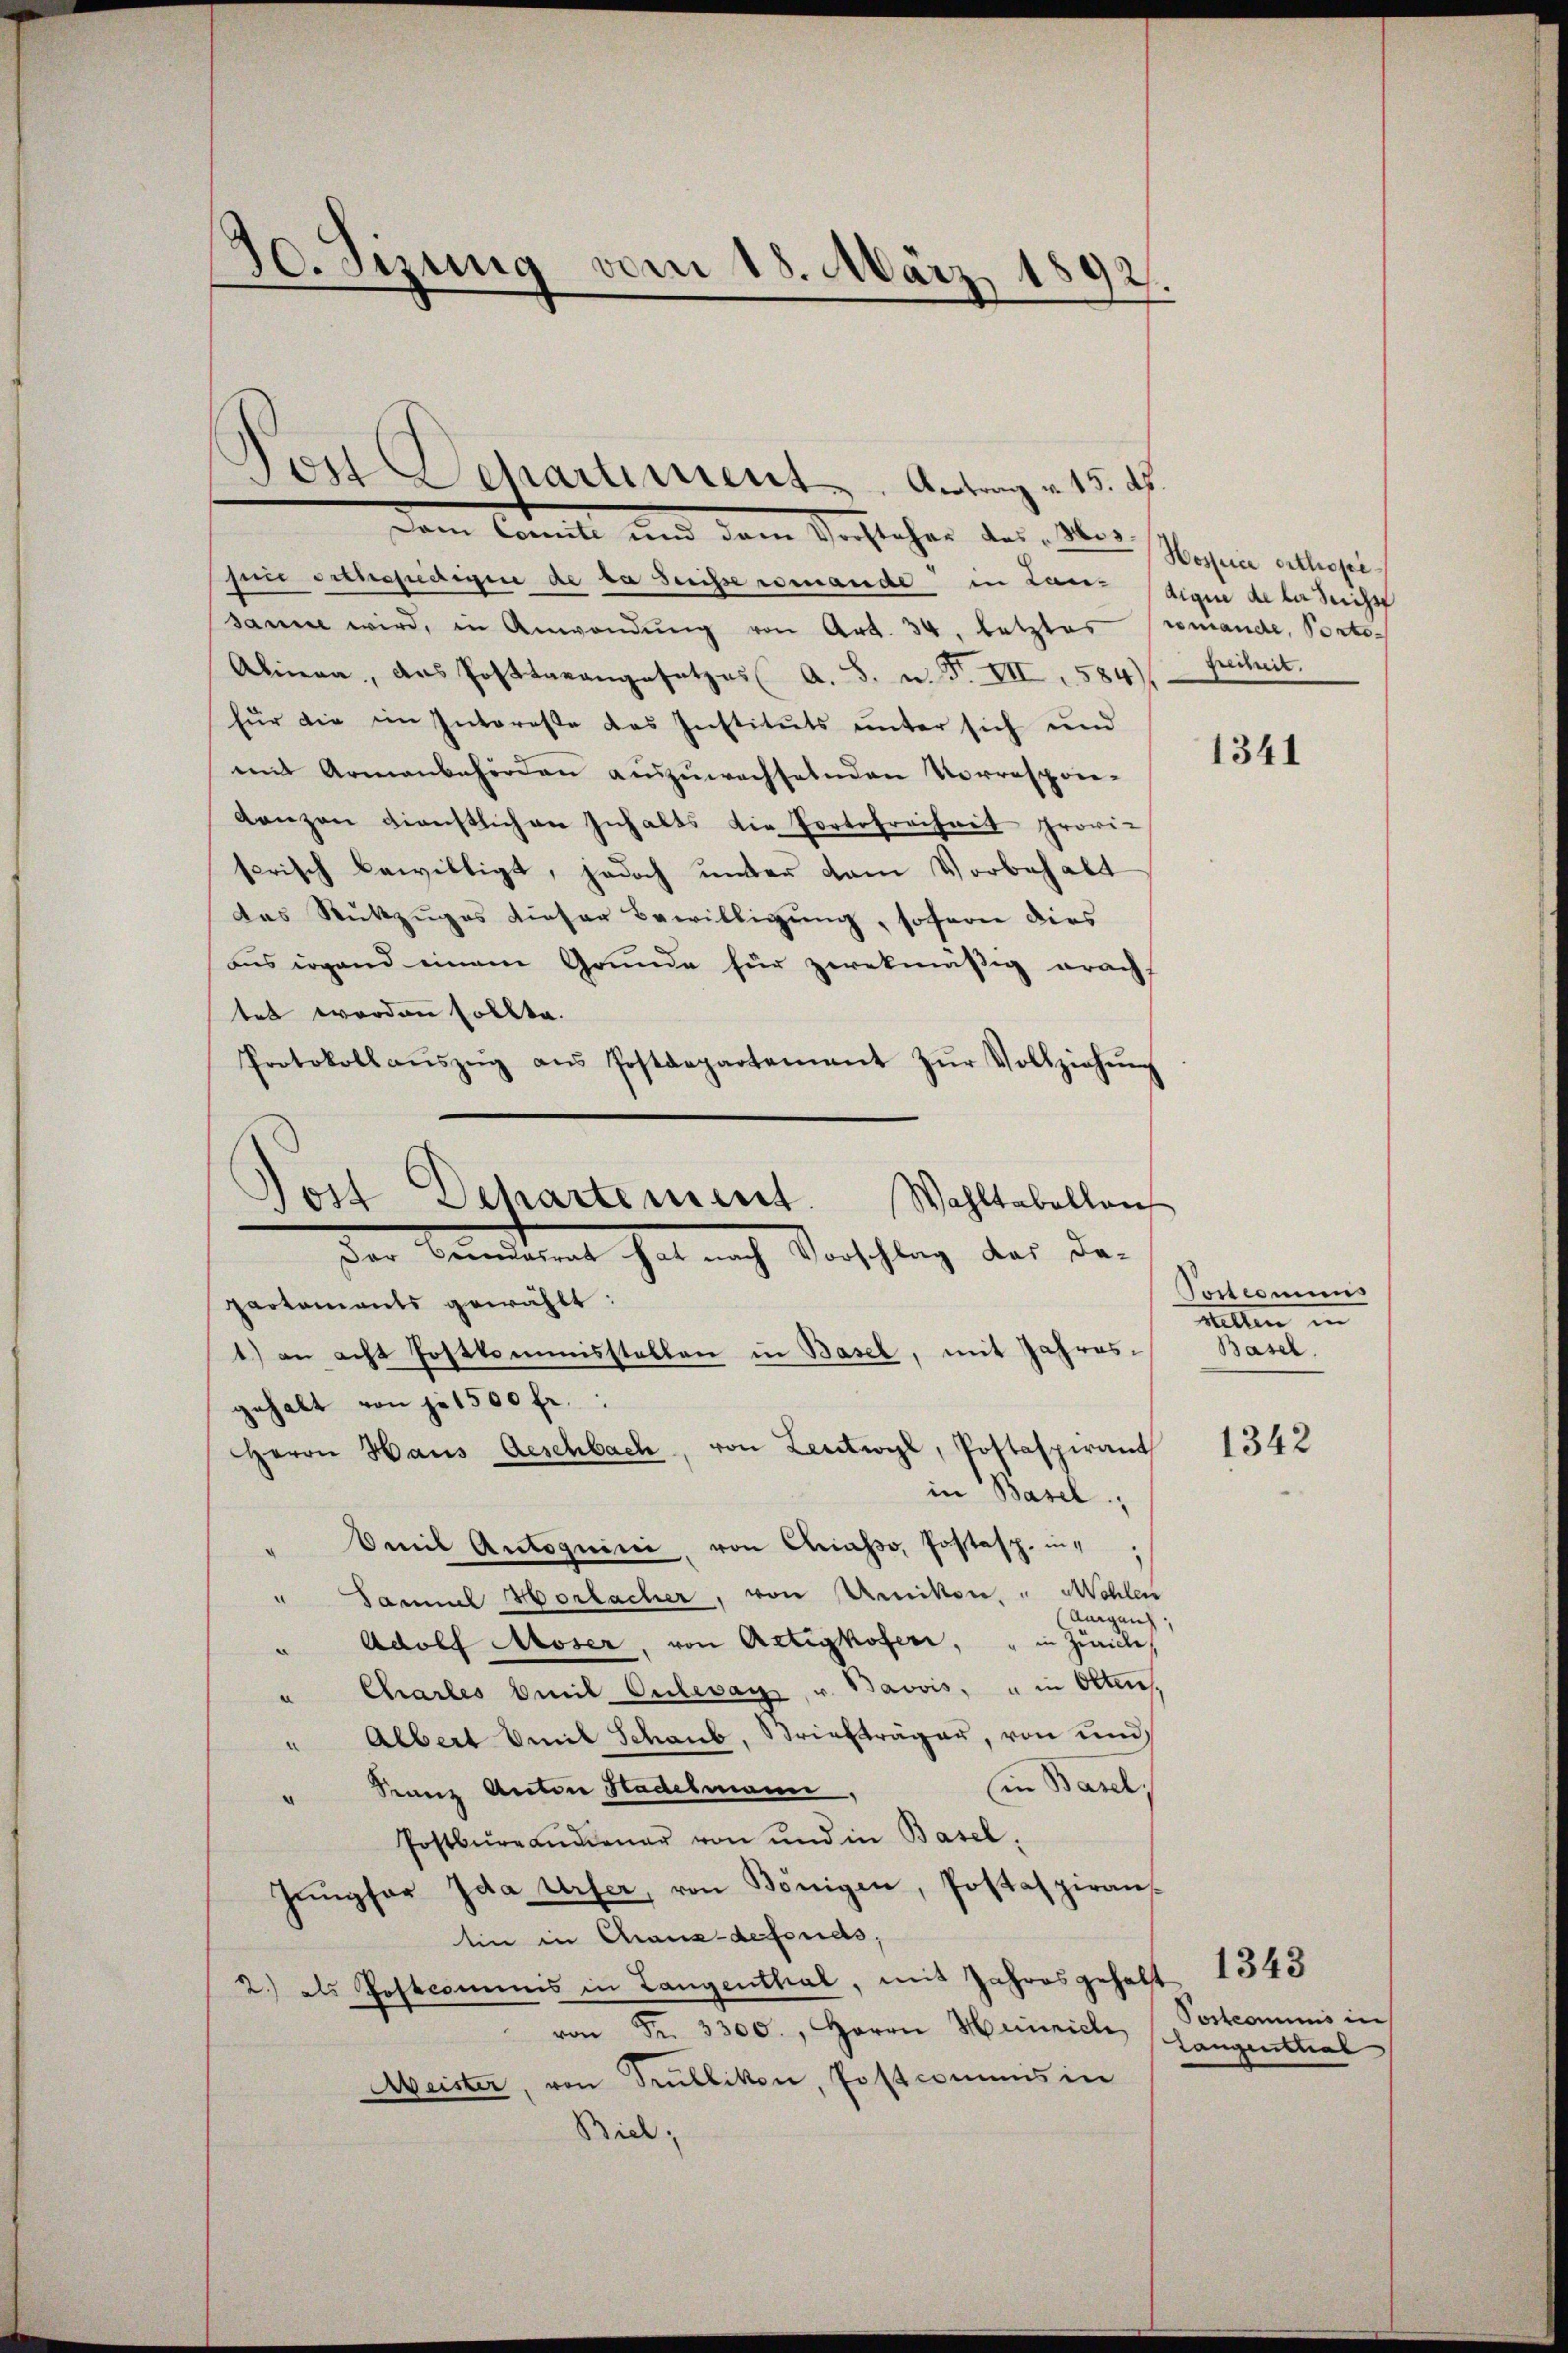
Dem Comit und dem Sachlehen der Aes
sen erthefedigen de la Suisse romande in Landigen de der Teich
sanne wird, in Anwendŭng von Art. 34, letztes remande, Porto¬
Alinea, das Posttrangesetzes A. S. u. F. VII 584)
für die im Interesse des Instituts unter sich und
mit Armenbehörden auszuwachselnden Vorrespon-
ganzen dienstlichen Inhalts die Portofreiheit provi-
serisch bewilligt, jedoch unter dem Vorbehalt
das Rükzuges dieser Bewilligung, sofern dies
Aus irgend einem Grunde für zwekmäßig erach
tet worden sollte.
Protokoll aŭszŭg aŭs Postdepartement zŭr Vollziehŭng
gehalt von je 1500 fr.:
HHerrn Haus Geschlach, von Leutwyl, Postaspirant
in Basel;
Smit Autoguini, von Chiasso, Postasp. in
.
" Samuel Vorlacher, von Unikon " Mehlen
Aargau,
Adolf Moser, von Actigkofer, " in Zürich
.
Chartes Emil Culevar, u. Bavvis, u in Olten
a
Albert Emil Schaub, Briefträger, von und
in Basel,
Franz Anton Hadelmann
.
Postbureaudiener von und in Basel,
Jŭngfer Ida Urser, von Königen, Postaspiran-
tin in Chaux-defonds,
2.) als Postcommis in Langenthal, mit Jahres gehalt
von Fr. 3300., Herrn Heinrich schangentlial
Meister, von Trüllikon, Postcommis in
Bich:

30. Sizung vom 18. März 1892.

Post Separtement. Antrag u. 15. ds.

Wahltabellan
Jost Departement.
Der Beendesrat hat nach Vorschlag das da-
partaments gewählt:
1) an acht Postkommisstellen in Basel, mit Jahres¬

Hospice erthope
freiheit.

1341

Tostcommis
Wilten in
Basel.

1342

1343
Postcommis in